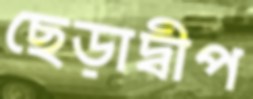
ছেড়াদ্বীপ